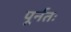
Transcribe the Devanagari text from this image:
पूर्नतः